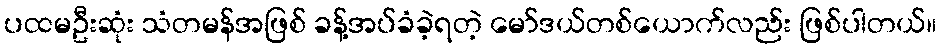
ပထမဦးဆုံး သံတမန်အဖြစ် ခန့်အပ်ခံခဲ့ရတဲ့ မော်ဒယ်တစ်ယောက်လည်း ဖြစ်ပါတယ်။